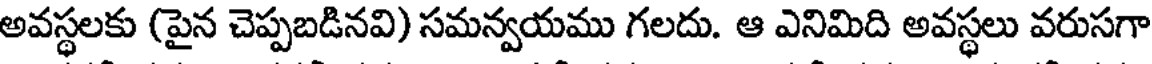
అవస్థలకు (పైన చెప్పబడినవి) సమన్వయము గలదు. ఆ ఎనిమిది అవస్థలు వరుసగా